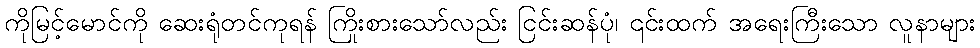
ကိုမြင့်မောင်ကို ဆေးရုံတင်ကုရန် ကြိုးစားသော်လည်း ငြင်းဆန်ပုံ၊ ၎င်းထက် အရေးကြီးသော လူနာများ